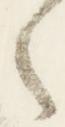
之